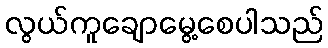
လွယ်ကူချောမွေ့စေပါသည်